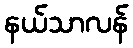
နယ်သာလန်